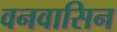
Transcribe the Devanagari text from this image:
वनवासिन